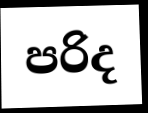
පරිද